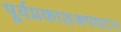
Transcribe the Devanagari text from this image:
पूर्वप्रकाशअपघटन